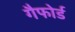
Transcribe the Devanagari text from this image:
गैफोर्ड